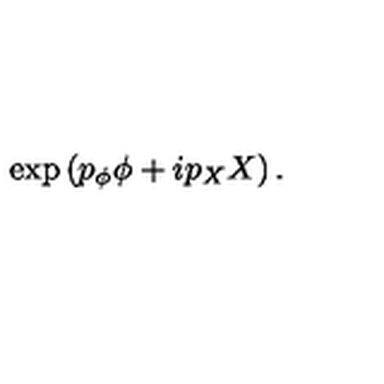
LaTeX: \exp \left( p _ { \phi } \phi + i p _ { X } X \right) .